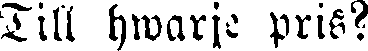
Till hwarje pris?